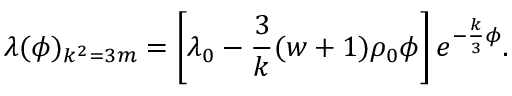
\lambda ( \phi ) _ { k ^ { 2 } = 3 m } = \left[ \lambda _ { 0 } - { \frac { 3 } { k } } ( w + 1 ) \rho _ { 0 } \phi \right] e ^ { - { \frac { k } { 3 } } \phi } .